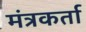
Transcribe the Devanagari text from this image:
मंत्रकर्ता